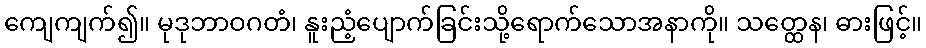
ကျေကျက်၍။ မုဒုဘာဝဂတံ၊ နူးညံ့ပျောက်ခြင်းသို့ရောက်သောအနာကို။ သတ္ထေန၊ ဓားဖြင့်။